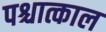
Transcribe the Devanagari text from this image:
पश्चात्काल